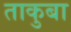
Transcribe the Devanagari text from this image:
ताकुबा